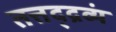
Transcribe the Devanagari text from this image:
तत्तद्द्रव्यं